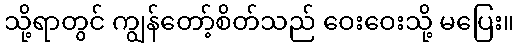
သို့ရာတွင် ကျွန်တော့်စိတ်သည် ဝေးဝေးသို့ မပြေး။